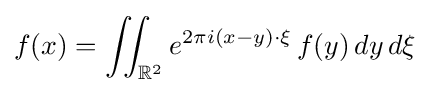
f(x)=\iint _{\mathbb {R} ^{2}}e^{2\pi i(x-y)\cdot \xi }\,f(y)\,dy\,d\xi